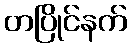
တပြိုင်နက်